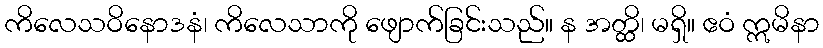
ကိလေသဝိနောဒနံ၊ ကိလေသာကို ဖျောက်ခြင်းသည်။ န အတ္ထိ၊ မရှိ။ ဧဝံ ဣမိနာ